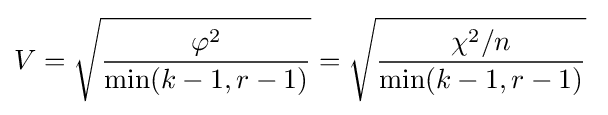
V={\sqrt {\frac {\varphi ^{2}}{\min(k-1,r-1)}}}={\sqrt {\frac {\chi ^{2}/n}{\min(k-1,r-1)}}}\;